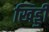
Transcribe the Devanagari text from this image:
खिड्डी